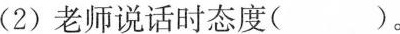
(2)老师说话时态度( )。